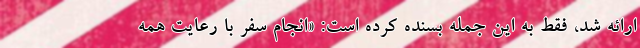
ارائه شد، فقط به این جمله بسنده کرده است: «انجام سفر با رعایت همه